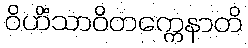
ဝိဟိံသာဝိတက္ကေနာတိ